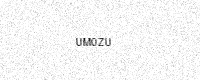
Text: UM0ZU